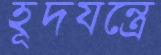
হূদযন্ত্রে